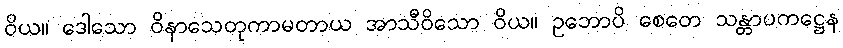
ဝိယ။ ဒေါသော ဝိနာသေတုကာမတာယ အာသီဝိသော ဝိယ။ ဥဘောပိ စေတေ သန္တာပကဋ္ဌေန